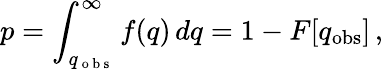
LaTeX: p=\int_{q_{\mathrm{~o~b~s~}}}^{\infty}f(q)\, dq=1-F[q_{\mathrm{obs}}]\, ,